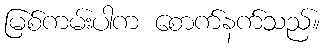
မြစ်ကမ်းပါက စောက်နက်သည်။